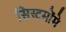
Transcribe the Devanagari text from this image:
सिस्टमोंमे